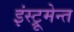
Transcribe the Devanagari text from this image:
इंस्ट्रूमेन्त